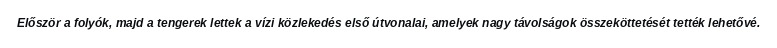
Először a folyók, majd a tengerek lettek a vízi közlekedés első útvonalai, amelyek nagy távolságok összeköttetését tették lehetővé.